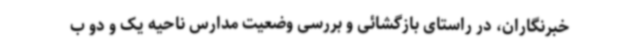
خبرنگاران، در راستای بازگشائی و بررسی وضعیت مدارس ناحیه یک و دو ب